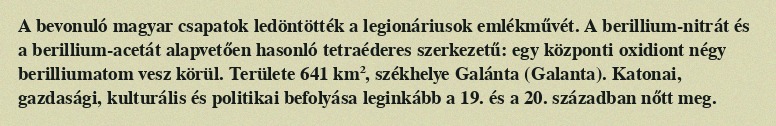
A bevonuló magyar csapatok ledöntötték a legionáriusok emlékművét. A berillium-nitrát és a berillium-acetát alapvetően hasonló tetraéderes szerkezetű: egy központi oxidiont négy berilliumatom vesz körül. Területe 641 km², székhelye Galánta (Galanta). Katonai, gazdasági, kulturális és politikai befolyása leginkább a 19. és a 20. században nőtt meg.